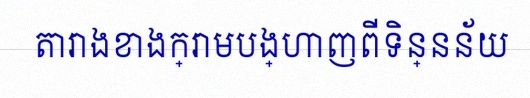
តារាងខាងក្រោមបង្ហាញពីទិន្នន័យ